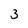
Character: 3